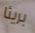
بريئا